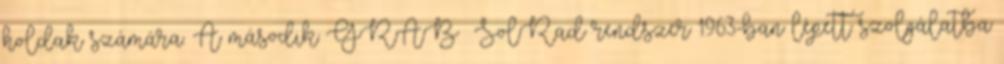
holdak számára. A második GRAB SolRad rendszer 1963-ban lépett szolgálatba